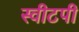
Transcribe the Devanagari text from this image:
स्वीटपी